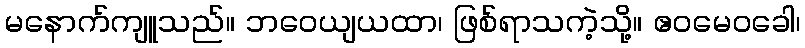
မနောက်ကျူသည်။ ဘဝေယျယထာ၊ ဖြစ်ရာသကဲ့သို့။ ဧဝမေဝခေါ၊